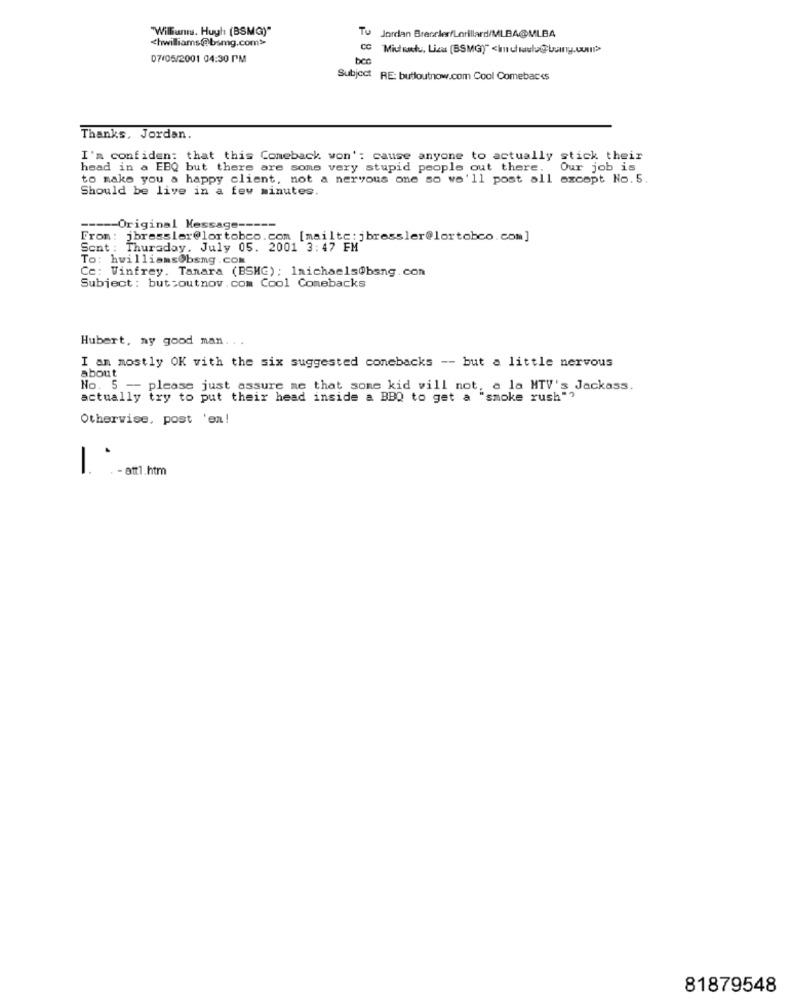
"Williams. Hugh (BSMG)"
Tu
Jordan BrecclerfLorillard/MLBA@MLBA
<hwilliams@bsmg.com>
Midt satu, Licas (BSMG)" <In chaula@ buing.com>
07/05/2001 04:30 PM
bcc
Subject RE: butloutnow.com Cool Comebacks
Thanks, Jordan.
I'm confiden: that this Comeback won': cause anyone to actually stick their
head in a EBQ but there are some very stupid people out there.
Our job is
to make you a happy client, not a nervous one so we'll post all except No. 5.
Should be live in a few minutes.
----- Original Message -----
From: jbressler@lortobeo.com [mailto : jbressler@lortobco.com]
Sent : Thursday, July 05. 2001 3:47 FM
To: hwilliamsObsmg.com
Ce: Vinfrey. Tamara (BSMG): Imichaels@bsng.con
Subject : but:outnov. com Cool Comebacks
Hubert, ay good man. . .
I am mostly OK vith the six suggested conebacks -- but a little nervous
about
No. 5 - please just assure me that some kid will not, a la MTV's Jackass.
actually try to put their head inside a BBQ to get a "smoke rush"?
Otherwise, post 'en!
.- att1.htm
-
81879548